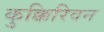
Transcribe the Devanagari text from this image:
कुक्किरिवन